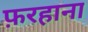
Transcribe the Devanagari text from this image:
फ़रहाना